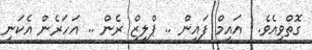
ގޮތްވިއެވެ.  އައިމް ފައިން .. ޕްލީޒް ރެން .. އަހަރެން އެކަނި